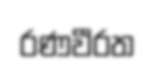
රණවීරත